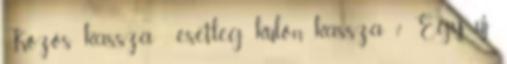
Közös kassza , esetleg külön kassza ? Egy új